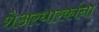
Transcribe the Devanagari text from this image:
शेअरधारकांना